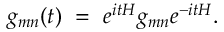
g _ { m n } ( t ) ~ = ~ e ^ { i t H } g _ { m n } e ^ { - i t H } .